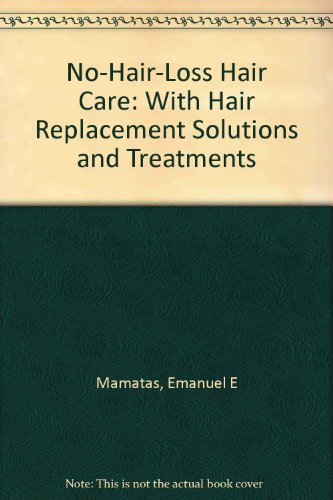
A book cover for The No Hair-Loss Hair Care Book: With Hair Replacement Solutions and Treatments; Emanuel E. Mamatas; Health, Fitness & Dieting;